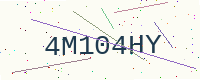
Text: 4M104HY